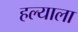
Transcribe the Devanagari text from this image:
हल्याला